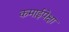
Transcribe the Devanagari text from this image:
कमाईपेक्षा